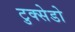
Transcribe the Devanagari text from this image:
टुक्सेडो